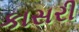
કાસરી